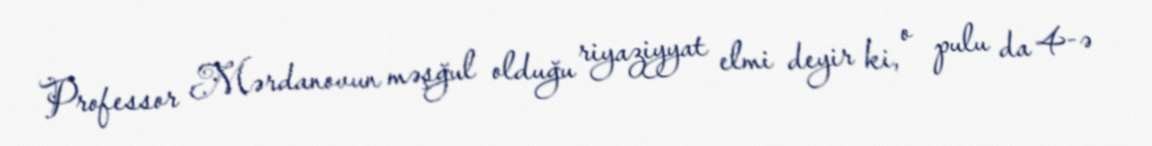
Professor Mərdanovun məşğul olduğu riyaziyyat elmi deyir ki, o pulu da 4-ə